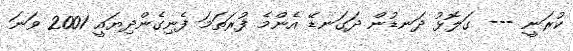
ކުރަނީ --- ގަލޮޅު ދަނޑުން ދަގަނޑޭ އެންމެ ފުރަތަމަ ފެނިގެންދިޔައީ 2001 ވަނަ